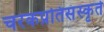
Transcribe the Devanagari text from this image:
चरकप्रतिसंस्कृते